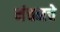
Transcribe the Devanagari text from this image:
मंचनचे